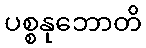
ပစ္စနုဘောတိ